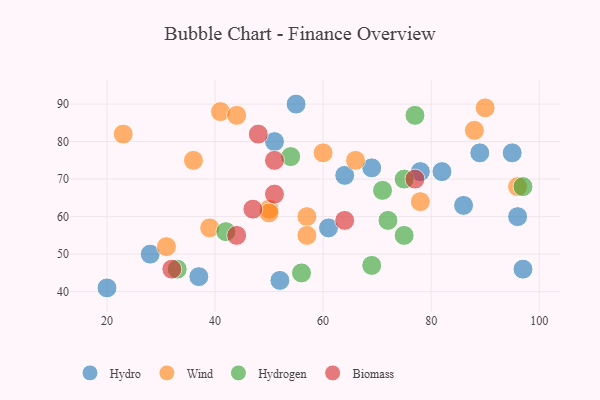
{"axis": {"x": "GDP", "y": "Life Expectancy"}, "legend": ["Biomass", "Hydro", "Hydrogen", "Wind"], "data": [{"x": "20", "y": 41, "type": "Hydro"}, {"x": "52", "y": 43, "type": "Hydro"}, {"x": "61", "y": 57, "type": "Hydro"}, {"x": "86", "y": 63, "type": "Hydro"}, {"x": "95", "y": 77, "type": "Hydro"}, {"x": "51", "y": 80, "type": "Hydro"}, {"x": "89", "y": 77, "type": "Hydro"}, {"x": "97", "y": 46, "type": "Hydro"}, {"x": "96", "y": 60, "type": "Hydro"}, {"x": "78", "y": 72, "type": "Hydro"}, {"x": "82", "y": 72, "type": "Hydro"}, {"x": "37", "y": 44, "type": "Hydro"}, {"x": "55", "y": 90, "type": "Hydro"}, {"x": "28", "y": 50, "type": "Hydro"}, {"x": "64", "y": 71, "type": "Hydro"}, {"x": "69", "y": 73, "type": "Hydro"}, {"x": "60", "y": 77, "type": "Wind"}, {"x": "57", "y": 60, "type": "Wind"}, {"x": "57", "y": 55, "type": "Wind"}, {"x": "78", "y": 64, "type": "Wind"}, {"x": "50", "y": 62, "type": "Wind"}, {"x": "36", "y": 75, "type": "Wind"}, {"x": "88", "y": 83, "type": "Wind"}, {"x": "66", "y": 75, "type": "Wind"}, {"x": "96", "y": 68, "type": "Wind"}, {"x": "90", "y": 89, "type": "Wind"}, {"x": "41", "y": 88, "type": "Wind"}, {"x": "39", "y": 57, "type": "Wind"}, {"x": "44", "y": 87, "type": "Wind"}, {"x": "23", "y": 82, "type": "Wind"}, {"x": "31", "y": 52, "type": "Wind"}, {"x": "50", "y": 61, "type": "Wind"}, {"x": "69", "y": 47, "type": "Hydrogen"}, {"x": "77", "y": 87, "type": "Hydrogen"}, {"x": "42", "y": 56, "type": "Hydrogen"}, {"x": "33", "y": 46, "type": "Hydrogen"}, {"x": "75", "y": 70, "type": "Hydrogen"}, {"x": "54", "y": 76, "type": "Hydrogen"}, {"x": "72", "y": 59, "type": "Hydrogen"}, {"x": "75", "y": 55, "type": "Hydrogen"}, {"x": "71", "y": 67, "type": "Hydrogen"}, {"x": "56", "y": 45, "type": "Hydrogen"}, {"x": "97", "y": 68, "type": "Hydrogen"}, {"x": "51", "y": 66, "type": "Biomass"}, {"x": "47", "y": 62, "type": "Biomass"}, {"x": "48", "y": 82, "type": "Biomass"}, {"x": "64", "y": 59, "type": "Biomass"}, {"x": "32", "y": 46, "type": "Biomass"}, {"x": "77", "y": 70, "type": "Biomass"}, {"x": "44", "y": 55, "type": "Biomass"}, {"x": "51", "y": 75, "type": "Biomass"}]}